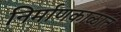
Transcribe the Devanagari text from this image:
निर्माणकाळात